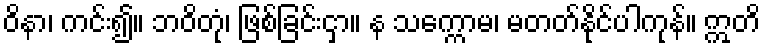
ဝိနာ၊ ကင်း၍။ ဘဝိတုံ၊ ဖြစ်ခြင်းငှာ။ န သက္ကောမ၊ မတတ်နိုင်ပါကုန်။ ဣတိ